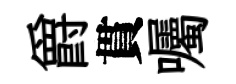
爵貫囑